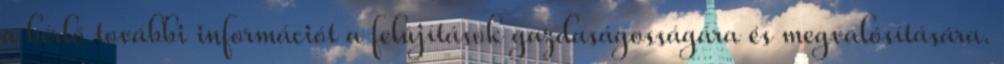
a bérlő további információt a felújítások gazdaságosságára és megvalósítására.